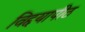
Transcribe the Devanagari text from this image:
विद्दयापीठ